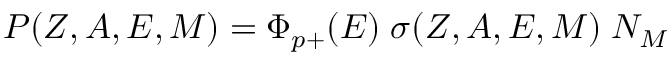
P ( Z , A , E , M ) = \Phi _ { p + } ( E ) \; \sigma ( Z , A , E , M ) \; N _ { M }